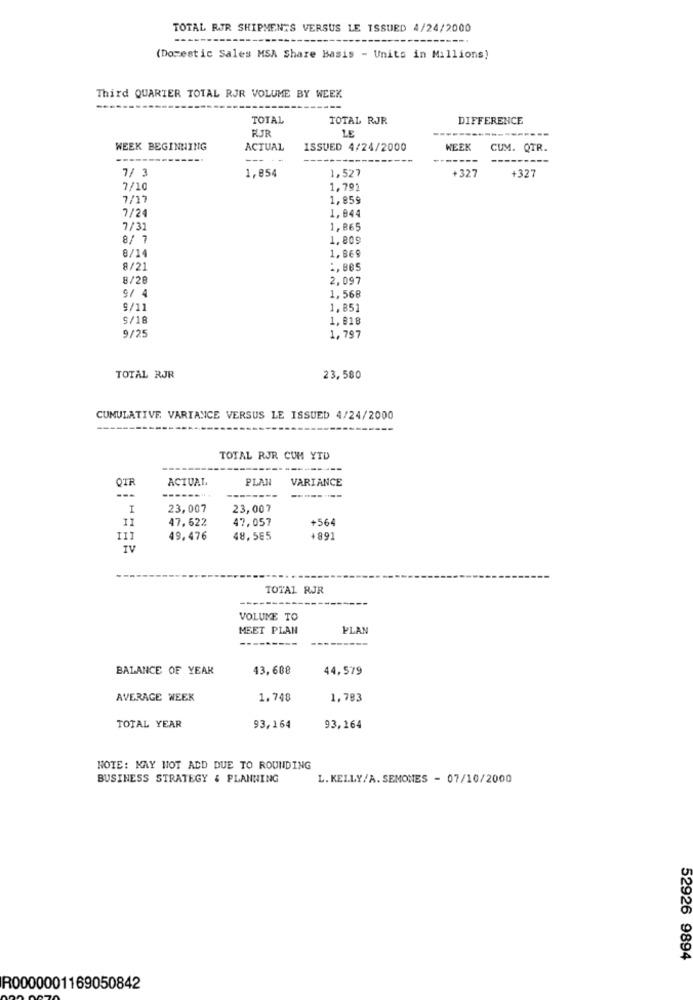
TOTAL RJR SHIPMENTS VERSUS LE ISSUED 4/24/2000
(Domestic Sales MSA Share Basis - Units in Millions)
Third QUARTER TOTAL RJR VOLUME BY WEEK
TOTAL
TOTAL RJR
DIFFERENCE
RJR
LE
WEEK BEGINNING
ACTUAL
ISSUED 4/24/2000
WEEK
CUM. QTR.
--- --
7/ 3
1,854
1,527
+327
+327
7/10
1,79
7/17
1,859
1,844
7/24
7/31
1,865
8/ 7
1,809
1.86$
8/14
8/21
:, 885
8/28
2,097
9/ 4
1,568
9/11
1,851
5/18
1.818
9/25
1,797
TOTAL RJR
23,580
CUMULATIVE VARIANCE VERSUS LE ISSUED 4/24/2000
TOTAL RJR CUM YTD
ACTUAL.
PLAN
VARIANCE
---
---------
I
23,007
23,007
47.622
47,057
+564
11
111
49,476
48,585
+891
IV
TOTAL RJR
VOLUME TO
MEET PLAH
PLAN
--------
BALANCE OF YEAR
43,608
44,579
AVERAGE WEEK
1.748
1.783
TOTAL YEAR
93,164
93,164
NOTE: MAY NOT ADD DUE TO ROUNDING
BUSINESS STRATEGY & PLANNING
L. KELLY/A. SEMONES - 07/10/2000
52926 9894
R0000001169050842